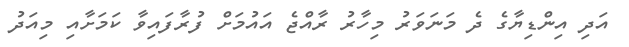
އަދި އިންޑިޔާގެ ދެ މަނަވަރު މިހާރު ރާއްޖެ އައުމަށް ފުރާފައިވާ ކަމަށާއި މިއަދު